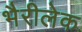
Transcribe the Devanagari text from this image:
भैरीलेक